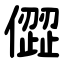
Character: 㒊